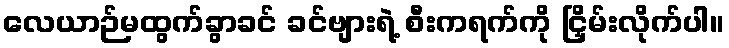
လေယာဉ်မထွက်ခွာခင် ခင်ဗျားရဲ့ စီးကရက်ကို ငြှိမ်းလိုက်ပါ။